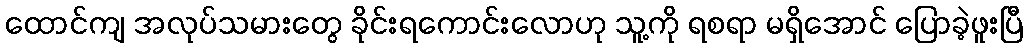
ထောင်ကျ အလုပ်သမားတွေ ခိုင်းရကောင်းလောဟု သူ့ကို ရစရာ မရှိအောင် ပြောခဲ့ဖူးပြီ